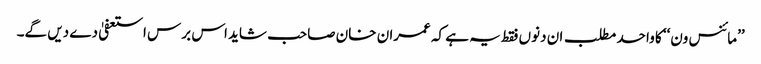
’’مائنس ون‘‘ کا واحد مطلب ان دنوں فقط یہ ہے کہ عمران خان صاحب شاید اس برس استعفیٰ دے دیں گے۔